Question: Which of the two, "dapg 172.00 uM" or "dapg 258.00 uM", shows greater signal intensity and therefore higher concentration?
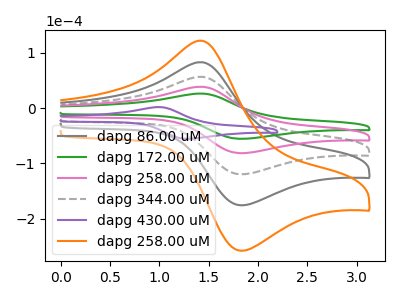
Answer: <think>The gray curve "dapg 86.00 uM" has an anodic peak at (1.45V, 115.35uA) and a cathodic peak at (1.85V, -244.60uA). The green curve "dapg 172.00 uM" has an anodic peak at (1.45V, 26.20uA) and a cathodic peak at (1.85V, -55.55uA). The pink curve "dapg 258.00 uM" has an anodic peak at (1.45V, 38.45uA) and a cathodic peak at (1.85V, -81.55uA). The gray dashed curve "dapg 344.00 uM" has an anodic peak at (1.45V, 76.90uA) and a cathodic peak at (1.85V, -163.05uA). The purple curve "dapg 430.00 uM" has an anodic peak at (1.00V, 1.80uA) and a cathodic peak at (1.30V, -55.55uA). The orange curve "dapg 258.00 uM" has an anodic peak at (1.45V, 153.85uA) and a cathodic peak at (1.85V, -326.15uA).
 All the peaks in "dapg 172.00 uM" have a peak in "dapg 258.00 uM" at the same potential. Every peak in "dapg 172.00 uM" is lower than every peak in "dapg 258.00 uM".</think>
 <answer>"dapg 172.00 uM" has less signal than "dapg 258.00 uM" and so likely has a lower concentration.</answer>
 <eval>less_concentration</eval>